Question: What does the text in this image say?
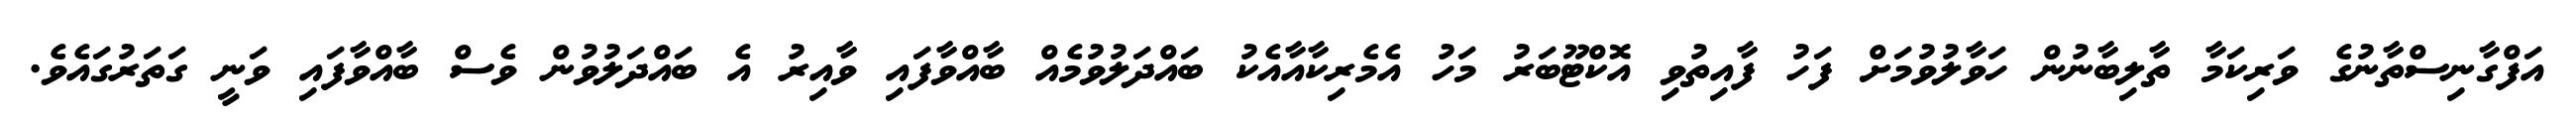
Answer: އަފްގާނިސްތާނުގެ ވަރިކަމާ ތާލިބާނުން ހަވާލުވުމަށް ފަހު ފާއިތުވި އޮކްޓޫބަރު މަހު އެމެރިކާއާއެކު ބައްދަލުވުމެއް ބާއްވާފައި ވާއިރު އެ ބައްދަލުވުން ވެސް ބާއްވާފައި ވަނީ ގަތަރުގައެވެ.